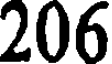
206